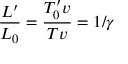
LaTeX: { \frac { L ^ { \prime } } { L _ { 0 } } } = { \frac { T _ { 0 } ^ { \prime } v } { T v } } = 1 / \gamma